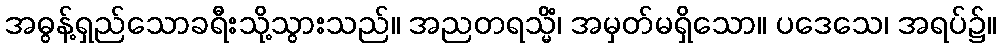
အဓွန့်ရှည်သောခရီးသို့သွားသည်။ အညတရသ္မိံ၊ အမှတ်မရှိသော။ ပဒေသေ၊ အရပ်၌။